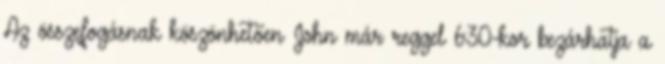
Az összefogásnak köszönhetően John már reggel 6:30-kor bezárhatja a